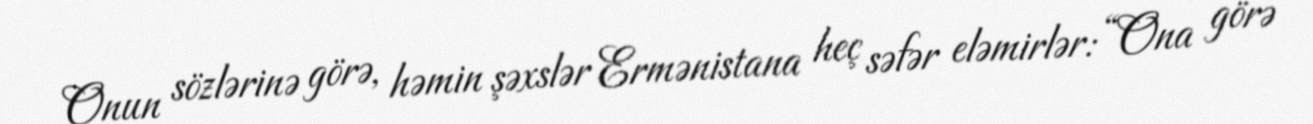
Onun sözlərinə görə, həmin şəxslər Ermənistana heç səfər eləmirlər: “Ona görə